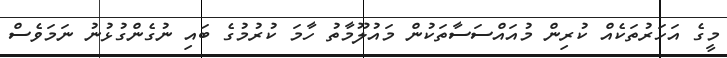
މީގެ އަހަރުތަކެއް ކުރިން މުއައްސަސާތަކުން މައުލޫމާތު ހާމަ ކުރުމުގެ ބައި ނުގެންގުޅުނު ނަމަވެސް